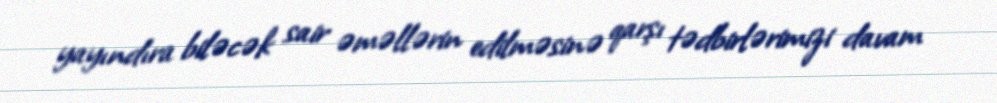
yayındıra biləcək sair əməllərin edilməsinə qarşı tədbirlərimizi davam